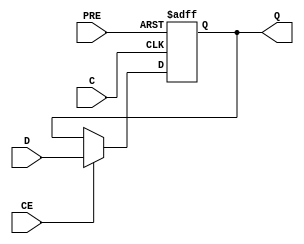
`timescale  1 ps / 1 ps

module FDPE (Q, C, CE, D, PRE);

    parameter INIT = 1'b1;

    output Q;

    input  C, CE, D, PRE;

    wire Q;
    reg q_out;

    initial q_out = INIT;

    assign Q = q_out;

    always @(posedge C or posedge PRE)
        if (PRE)
             q_out <= 1;
        else if (CE)
	         q_out <= D;

endmodule